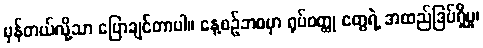
မှန်တယ်လို့သာ ပြောချင်တာပါ။ နေ့စဉ်ဘဝမှာ ရုပ်ဝတ္ထု တွေရဲ့ အထည်ဒြပ်ရှိမှု၊